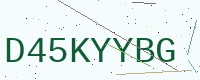
Text: D45KYYBG